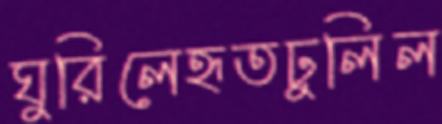
ঘুরিলেহৃতঢুলিল